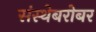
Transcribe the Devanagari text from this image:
संस्थेबरोबर